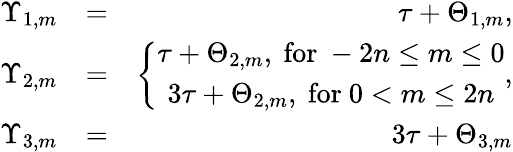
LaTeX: \begin{array}{rlr}{\Upsilon_{1,m}}&{=}&{\tau+\Theta_{1,m},}\\ {\Upsilon_{2,m}}&{=}&{\left\{ \begin{array}{c}{\tau+\Theta_{2,m},\mathrm{~for~}-2n\leq m\leq 0}\\ {3\tau+\Theta_{2,m},\mathrm{~for~}0<m\leq 2n}\end{array}\right.,}\\ {\Upsilon_{3,m}}&{=}&{3\tau+\Theta_{3,m}}\end{array}